Indian journal of veterinary science and animal husbandry - Volumes 22-23, 1952-1953
Year: 1952
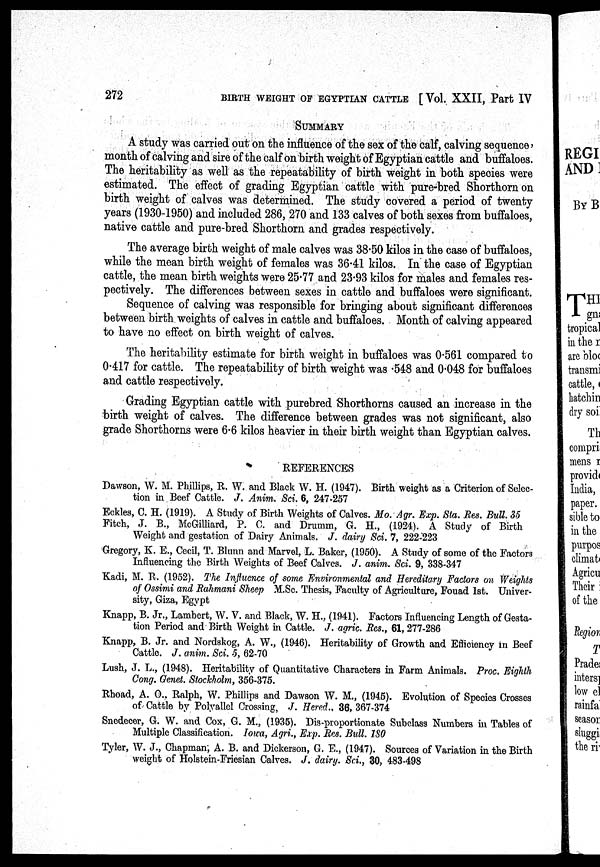
272
BIRTH WEIGHT OF EGYPTIAN CATTLE [Vol. XXII, Part IV
SUMMARY
A study was carried out on the influence of the sex of the calf, calving sequence,
month of calving and sire of the calf on birth weight of Egyptian cattle and buffaloes.
The heritability as well as the repeatability of birth weight in both species were
estimated. The effect of grading Egyptian cattle with pure-bred Shorthorn on
birth weight of calves was determined. The study covered a period of twenty
years (1930-1950) and included 286, 270 and 133 calves of both sexes from buffaloes,
native cattle and pure-bred Shorthorn and grades respectively.
The average birth weight of male calves was 38.50 kilos in the case of buffaloes,
while the mean birth weight of females was 36.41 kilos. In the case of Egyptian
cattle, the mean birth weights were 25.77 and 23.93 kilos for males and females res-
pectively. The differences between sexes in cattle and buffaloes were significant.
Sequence of calving was responsible for bringing about significant differences
between birth weights of calves in cattle and buffaloes. Month of calving appeared
to have no effect on birth weight of calves.
The heritability estimate for birth weight in buffaloes was 0.561 compared to
0.417 for cattle. The repeatability of birth weight was .548 and 0.048 for buffaloes
and cattle respectively.
Grading Egyptian cattle with purebred Shorthorns caused an increase in the
birth weight of calves. The difference between grades was not significant, also
grade Shorthorns were 6.6 kilos heavier in their birth weight than Egyptian calves.
REFERENCES
Dawson, W. M. Phillips, R. W. and Black W. H. (1947). Birth weight as a Criterion of Selec-
tion in Beef Cattle. J. Anim. Sci. 6, 247-257
Eckles, C. H. (1919). A Study of Birth Weights of Calves. Mo. Agr. Exp. Sta. Res. Bull. 35
Fitch, J. B., McGilliard, P. C. and Drumm, G. H., (1924). A Study of Birth
Weight and gestation of Dairy Animals. J. dairy Sci. 7, 222-223
Gregory, K. E., Cecil, T. Blunn and Marvel, L. Baker, (1950). A Study of some of the Factors
Influencing the Birth Weights of Beef Calves. J. anim. Sci. 9, 338-347
Kadi, M. R. (1952). The Influence of some Environmental and Hereditary Factors on Weights
of Ossimi and Rahmani Sheep M.Sc. Thesis, Faculty of Agriculture, Fouad 1st. Univer-
sity, Giza, Egypt
Knapp, B. Jr., Lambert, W. V. and Black, W. H., (1941). Factors Influencing Length of Gesta-
tion Period and Birth Weight in Cattle. J. agric. Res., 61, 277-286
Knapp, B. Jr. and Nordskog, A. W., (1946). Heritability of Growth and Efficiency in Beef
Cattle. J. anim. Sci. 5, 62-70
Lush, J. L., (1948). Heritability of Quantitative Characters in Farm Animals. Proc. Eighth
Cong. Genet. Stockholm, 356-375.
Rhoad, A. O., Ralph, W. Phillips and Dawson W. M., (1945). Evolution of Species Crosses
of Cattle by Polyallel Crossing, J. Hered., 36, 367-374
Snedecer, G. W. and Cox, G. M., (1935). Dis-proportionate Subclass Numbers in Tables of
Multiple Classification. Iowa, Agri., Exp. Res. Bull. 180
Tyler, W. J., Chapman; A. B. and Dickerson, G. E., (1947). Sources of Variation in the Birth
weight of Holstein-Friesian Calves. J. dairy. Sci., 30, 483-498